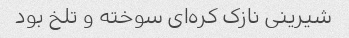
شیرینی نازک کره‌ای سوخته و تلخ بود